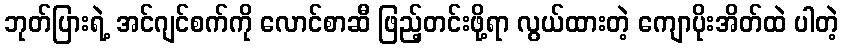
ဘုတ်ပြားရဲ့ အင်ဂျင်စက်ကို လောင်စာဆီ ဖြည့်တင်းဖို့ရာ လွယ်ထားတဲ့ ကျောပိုးအိတ်ထဲ ပါတဲ့